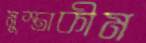
মুস্তাকীম